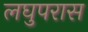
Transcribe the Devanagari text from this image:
लघुपरास